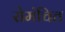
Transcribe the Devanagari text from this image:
रोमंचित